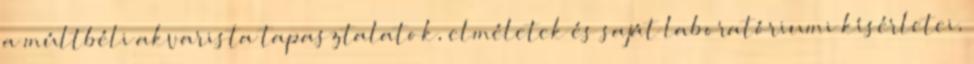
a múltbéli akvarista tapasztalatok, elméletek és saját laboratóriumi kísérletei,